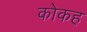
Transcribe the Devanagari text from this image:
कोकह